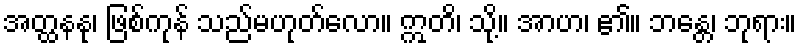
အတ္ထနနု၊ ဖြစ်ကုန် သည်မဟုတ်လော။ ဣတိ၊ သို့။ အာဟ၊ ၏။ ဘန္တေ၊ ဘုရား။